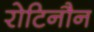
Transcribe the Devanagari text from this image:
रोटिनौन